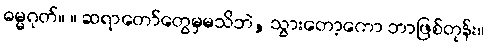
ဓမ္မဂုတ်။ ။ ဆရာတော်တွေမှမသိဘဲ, သွားတော့ကော ဘာဖြစ်တုန်း။